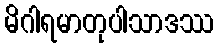
မိဂါရမာတုပါသာဒဿ